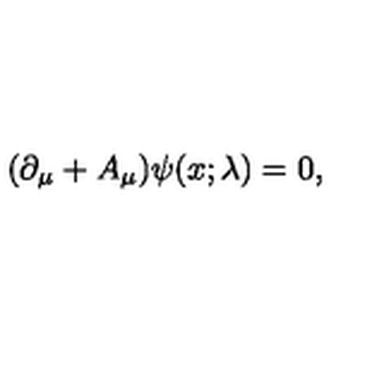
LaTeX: ( \partial _ { \mu } + A _ { \mu } ) \psi ( x ; \lambda ) = 0 ,